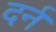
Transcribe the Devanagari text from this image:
दर्न